Source: Handwritten
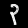
Digit: ၃ (3)